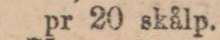
pr 20 skålp.